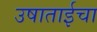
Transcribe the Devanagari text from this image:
उषाताईचा